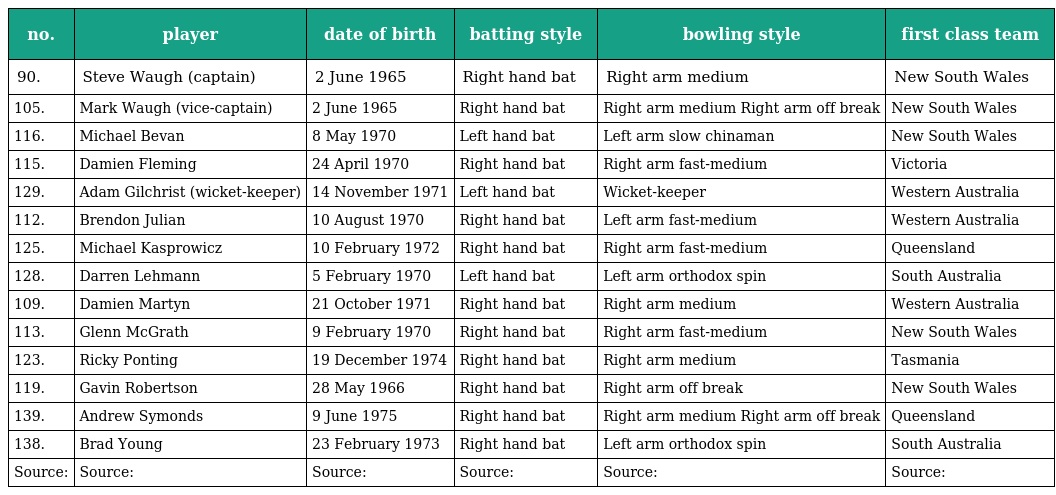
| no. | player | date of birth | batting style | bowling style | first class team |
 | --- | --- | --- | --- | --- | --- |
 | 90. | Steve Waugh (captain) | 2 June 1965 | Right hand bat | Right arm medium | New South Wales |
 | 105. | Mark Waugh (vice-captain) | 2 June 1965 | Right hand bat | Right arm medium Right arm off break | New South Wales |
 | 116. | Michael Bevan | 8 May 1970 | Left hand bat | Left arm slow chinaman | New South Wales |
 | 115. | Damien Fleming | 24 April 1970 | Right hand bat | Right arm fast-medium | Victoria |
 | 129. | Adam Gilchrist (wicket-keeper) | 14 November 1971 | Left hand bat | Wicket-keeper | Western Australia |
 | 112. | Brendon Julian | 10 August 1970 | Right hand bat | Left arm fast-medium | Western Australia |
 | 125. | Michael Kasprowicz | 10 February 1972 | Right hand bat | Right arm fast-medium | Queensland |
 | 128. | Darren Lehmann | 5 February 1970 | Left hand bat | Left arm orthodox spin | South Australia |
 | 109. | Damien Martyn | 21 October 1971 | Right hand bat | Right arm medium | Western Australia |
 | 113. | Glenn McGrath | 9 February 1970 | Right hand bat | Right arm fast-medium | New South Wales |
 | 123. | Ricky Ponting | 19 December 1974 | Right hand bat | Right arm medium | Tasmania |
 | 119. | Gavin Robertson | 28 May 1966 | Right hand bat | Right arm off break | New South Wales |
 | 139. | Andrew Symonds | 9 June 1975 | Right hand bat | Right arm medium Right arm off break | Queensland |
 | 138. | Brad Young | 23 February 1973 | Right hand bat | Left arm orthodox spin | South Australia |
 | Source: | Source: | Source: | Source: | Source: | Source: |